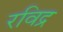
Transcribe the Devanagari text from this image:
रविद्र